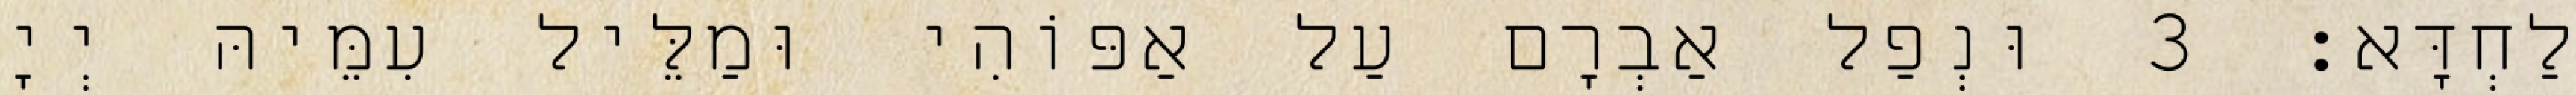
לַחְדָּא׃ 3 וּנְפַל אַבְרָם עַל אַפּוֹהִי וּמַלֵּיל עִמֵּיהּ יְיָ